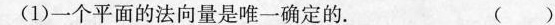
(1)一个平面的法向量是唯一确定的。 ( )